Report of the Indian Hemp Drugs Commission, 1894-1895 - Volume VI
Year: 1894
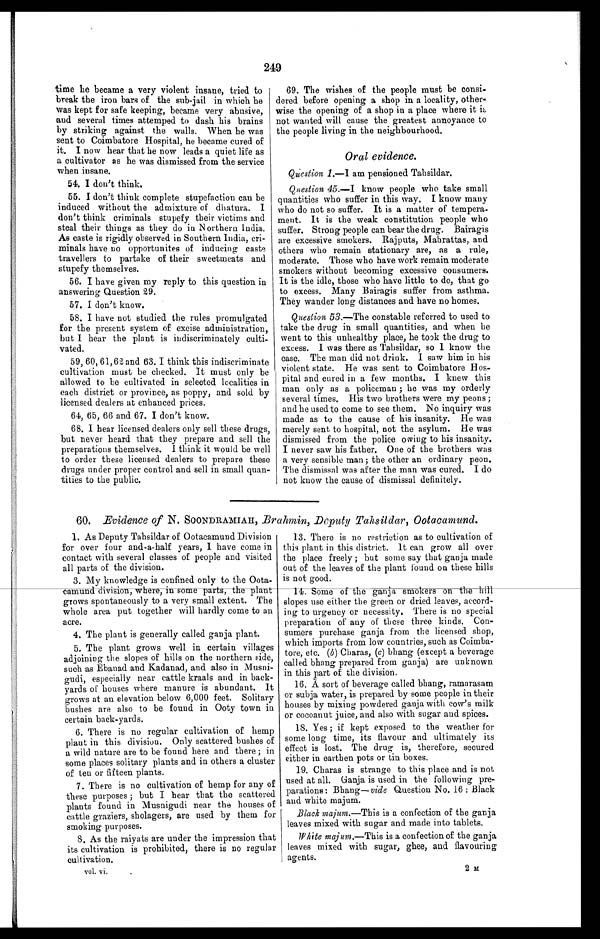
vol. vi.
2 ra
249
time he became a very violent insane, tried to
break the iron bars of the sub-jail in which he
was kept for safe keeping, became very abusive,
and several times attemped to dash his brains
by striking against the walls. When he was
sent to Coimbatore Hospital, he became cured of
it. I now hear that he now leads a quiet life as
a cultivator as he was dismissed from the service
when insane,
54. I don't think.
55. I don't think complete stupefaction can be
induced without the admixture of dhatura. I
don't think criminals stupefy their victims and
steal their things as they do in Northern India.
As caste is rigidly observed in Southern India, cri-
minals have no opportunites of inducing caste
travellers to partake of their sweetmeats and
stupefy themselves.
56. I have given my reply to this question in
answering Question 29.
57. I don't know.
58. I have not studied the rules promulgated
for the present system of excise administration,
but I hear the plant is indiscriminately culti-
vated.
59, 60, 61, 62 and 63. I think this indiscriminate
cultivation must be checked. It must only be
allowed to be cultivated in selected localities in
each district or province, as poppy, and sold by
licensed dealers at enhanced prices.
64, 65, 66 and 67. I don't know.
68. I hear licensed dealers only sell these drugs,
but never heard that they prepare and sell the
preparations themselves, I think it would be well
to order these licensed dealers to prepare these
drugs under proper control and sell in small quan-
tities to the public.
69. The wishes of the people must be consi-
dered before opening a shop in a locality, other-
wise the opening of a shop in a place where it is
not wanted will cause the greatest annoyance to
the people living in the neighbourhood.
Oral evidence.
Question 1.—I am pensioned Tahsildar.
Qmeslion 45.—I know people who take small
quantities who suffer in this way. I know many
who do not so suffer. It is a matter of tempera-
ment. It is the weak constitution people who
suffer. Strong people can bear the drug. Bairagis
are excessive smokers. Rajputs, Mahrattas, and
others who remain stationary are, as a rule,
moderate. Those who have work remain moderate
smokers without becoming excessive consumers.
It is the idle, those who have little to do, that go
to excess. Many Bairagis suffer from asthma.
They wander long distances and have no homes.
Question 53 .—The constable referred to used to
take the drug in small quantities, and when he
went to this unhealthy place, he took the drug to
excess. I was there as Tahsildar, so I know the
case. The man did not drink. I saw him in his
violent state. He was sent to Coimbatore Hos-
pital and cured in a few months. I knew this
man only as a policeman ; he was my orderly
several times. His two brothers were my peons ;
and he used to come to see them. No inquiry was
made as to the cause of his insanity. He was
merely sent to hospital, not the asylum. He was
dismissed from the police owing to his insanity.
I never saw his father. One of the brothers was
a very sensible man ; the other an ordinary peon.
The dismissal was after the man was cured. I do
not know the cause of dismissal definitely.
60. Evidence of N. SOONDRAMIAH
, Brahmin, Deputy Tahsildar, Ootacamund.
1. As Deputy Tahsildar of Ootacamund Division
for over four and-a-half years, I have come in
contact with several classes of people and visited
all parts of the division.
3. My knowledge is confined only to the Oota-
c a m u n d d i v i s i o n w h e r e , i n s o m e p a r t s , t h e p l a n t
grows spontaneously to a very small extent. The
whole area put together will hardly come to an
acre.
4 . T h e p l a n t i s g e n e r a l l y c a l l e d g a n j a p l a n t .
5. The plant grows well in certain villages
adjoining the slopes of hills on the northern side,
such as Ebanad and Kadanad, and also in Musni-
gudi, especially near cattle kraals and in back-
yards of houses where manure is abundant. It
grows at an elevation below 6,000 feet. Solitary
bushes are also to be found in Ooty town in
certain back-yards.
6. There is no regular cultivation of hemp
plant in this division. Only scattered bushes of
a wild nature are to be found here and there ; in
some places solitary plants and in others a cluster
of ten or fifteen plants.
7. There is no cultivation of hemp for any of
these purposes ; but I hear that the scattered
plants found in Musnigudi near the houses of
cattle graziers, sholagers, are used by them for
smoking purposes.
8. As the raiyats are under the impression that
its cultivation is prohibited, there is no regular
cultivation.
There is no restriction as to cultivation of
this plant in this district. It can grow all over
the place freely ; but some say that ganja made
out of the leaves of the plant found on these hills
is not good.
1 4 .
Some of the ganja smokers on the hill
slopes use either the green or dried leaves, accord-
ing to urgency or necessity. There is no special
preparation of any of these three kinds. Con-
sumers purchase ganja from the licensed shop,
which imports from low countries, such as Coimba-
tore, etc. (b) Charas, (c) bhang (except a beverage
called bhang prepared from ganja) are unknown
in this part of the division.
16. A sort of beverage called bhang, ramarasam
or subja water, is prepared by some people in their
houses by mixing powdered ganja with cow's milk
or cocoanut juice, and also with sugar and spices.
Yes ; if kept exposed to the weather for
some long time, its flavour and ultimately its
effect is lost. The drug is, therefore, secured
either in earthen pots or tin boxes.
Charas is strange to this place and is not
used at all. Ganja is used in the following pre-
parations : Bhang—vide Question No. 16 : Black
and white majum.
Black majum.—This is a confection of the ganja
leaves mixed with sugar and made into tablets.
White majum—This is a confection of the ganja
leaves mixed with sugar, ghee, and flavouring
agents.